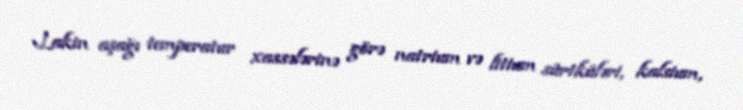
Lakin aşağı temperatur xassələrinə görə natrium və litium sürtküləri, kalsium,